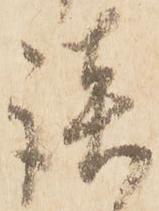
談